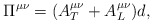
\begin{align*}\Pi^{\mu\nu} = (A^{\mu\nu}_T + A^{\mu\nu}_L)d,\end{align*}